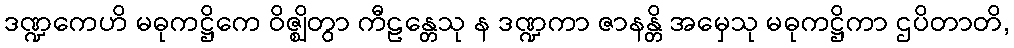
ဒဏ္ဍကေဟိ မဓုကဋ္ဌိကေ ဝိဇ္ဈိတွာ ကီဠန္တေသု န ဒဏ္ဍကာ ဇာနန္တိ အမှေသု မဓုကဋ္ဌိကာ ဌပိတာတိ,